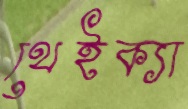
থেইক্যা